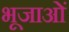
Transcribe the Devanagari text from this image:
भूजाओं